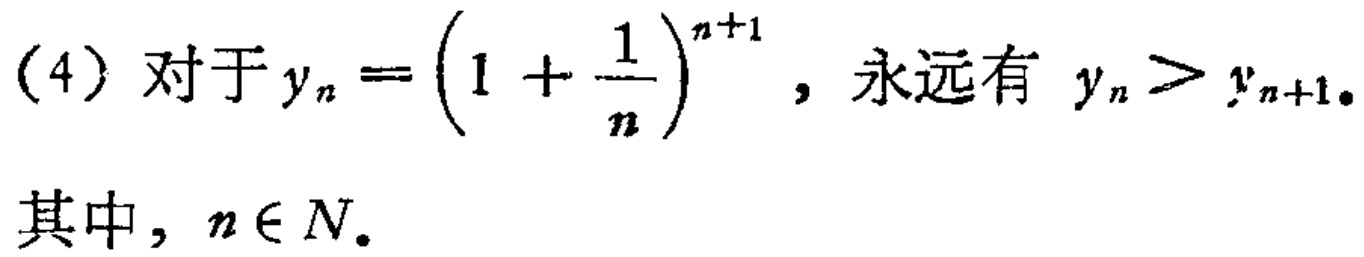
(4) 对于 \(y_{n}=\left(1 + \frac{1}{n}\right)^{n + 1}\)，永远有 \(y_{n}>y_{n + 1}\)。
其中，\(n\in N\)。